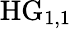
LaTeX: \mathrm{HG}_{1,1}